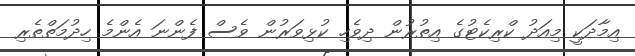
އިމާދަކީ މިއަދު ކްރިކެޓުގެ އިތުރުން ދިވެހި ކުޅިވަރުން ވެސް ފެންނަ އެންމެ ހިދުމަތްތެރި